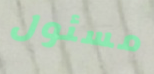
مسئول